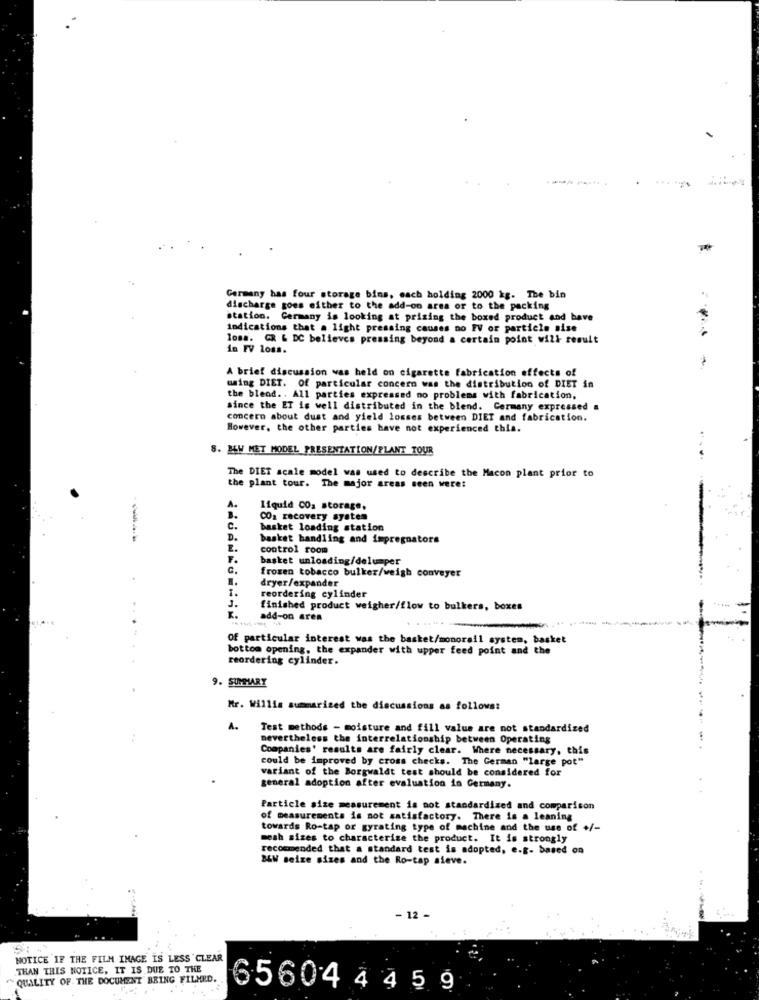
Germany has four storage bins, each holding 2000 kg. The bin
discharge goes either to the add-on ares or to the packing
station. Germany is looking at prising the boxed product and have
indications that a light pressing causes no FV or particle sise
loss. GR & DC believes pressing beyond a certain point will result
in FV loss.
A brief discussion was held on cigarette fabrication effects of
using DIET. Of particular concern was the distribution of DIET in
the blend. . All parties expressed no problems with fabrication,
since the ET is well distributed in the blend. Cermany expressed a
concern about dust and yield losses between DIET and fabrication.
However, the other parties have not experienced this.
8. BEW MET MODEL PRESENTATION/PLANT TOUR
The DIET scale model was used to describe the Macon plant prior to
the plant tour. The major areas seen were:
A.
liquid CO, storage,
CO2 recovery system
C.
basket loading station
D.
basket handling and impregnators
E.
control room
F.
basket unloading/delumper
G.
frozen tobacco bulker/weigh conveyer
1.
dryer/expander
reordering cylinder
1.
1.
finished product weigher/flow to bulkers, boxes
add-on aren
Of particular interest was the basket/monorail system, basket
bottom opening, the expander with upper feed point and the
reordering cylinder.
9. SUMMARY
Mr. Willis summarized the discussions as follows:
A.
Test methods - moisture and fill value are not standardized
nevertheless the interrelationship between Operating
Companies' results are fairly clear. Where necessary, this
could be improved by cross checks. The German "large pot"
variant of the Borgwaldt test should be considered for
general adoption after evaluation in Germany.
Particle size measurement is not standardized and comparison
of measurements is not satisfactory. There is a leaning
towards Ro-tap or gyrating type of machine and the use of +/-
mesh sizes to characterize the product. It is strongly
recommended that a standard test is adopted, e.g. based on
B&W seize sizes and the Ro-cap sieve.
- 12 -
NOTICE IF THE FILM IMAGE IS LESS 'CLEAR
THAN THIS NOTICE, IT IS DUE TO THE
"QUALITY OF THE DOCUMENT BRING FILMED.
65604 4 4 5 9